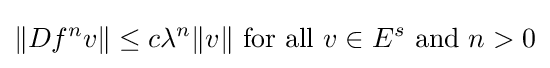
\|Df^{n}v\|\leq c\lambda ^{n}\|v\|{\text{ for all }}v\in E^{s}{\text{ and }}n>0